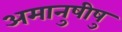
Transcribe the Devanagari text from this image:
अमानुषीषु